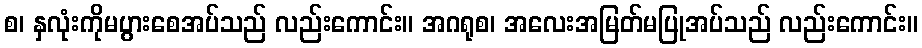
စ၊ နှလုံးကိုမပွားစေအပ်သည် လည်းကောင်း။ အဂရုစ၊ အလေးအမြတ်မပြုအပ်သည် လည်းကောင်း။